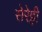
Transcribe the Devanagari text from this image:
सेरेट्टी